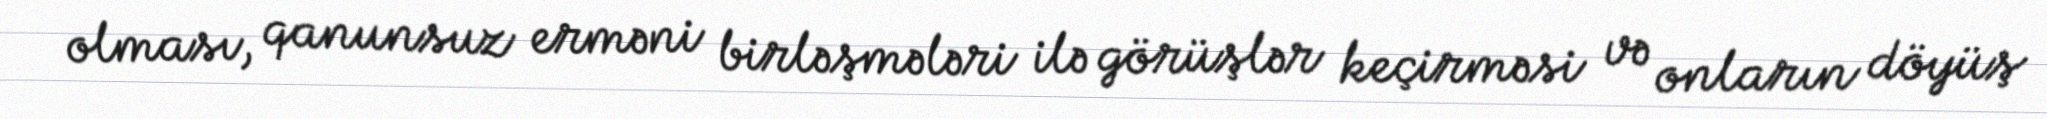
olması, qanunsuz erməni birləşmələri ilə görüşlər keçirməsi və onların döyüş